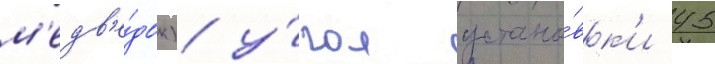
м'едв'е́док) у́гол устано́вк'и 45